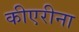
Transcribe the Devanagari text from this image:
कीएरीना